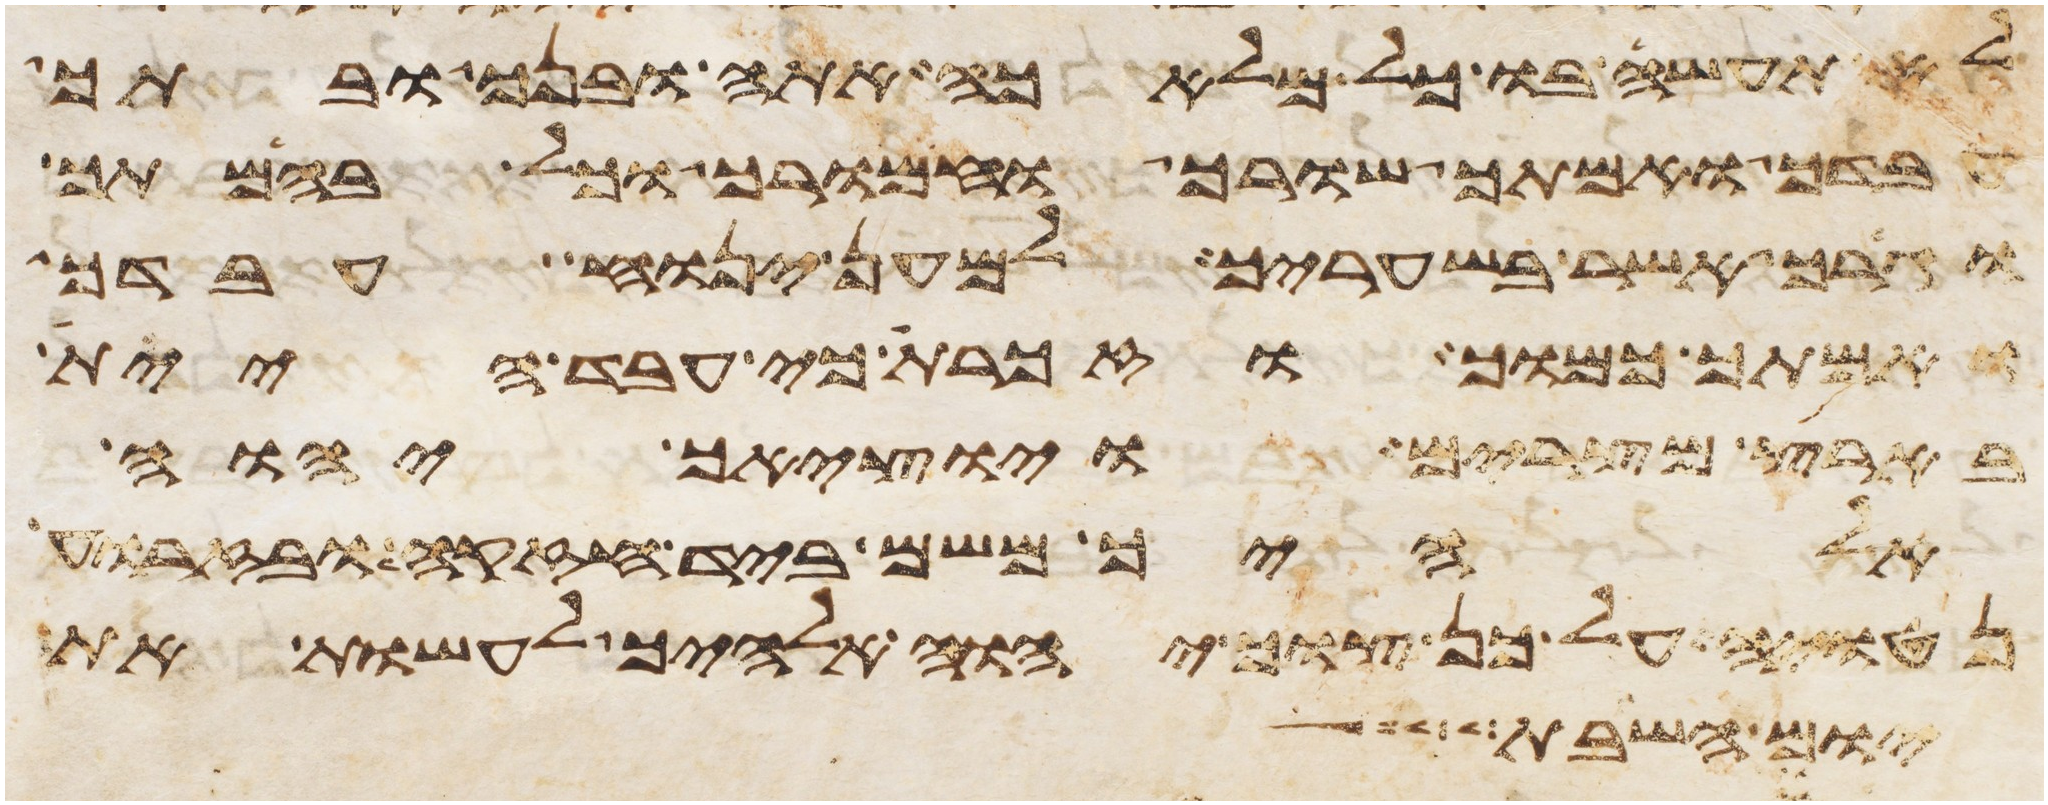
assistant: לא תעשה בו כל מלאכה אתה ובנך ובתך
עבדך ואמתך שורך וחמורך וכל בהמתך
וגרך אשר בשעריך למען ינוח עבדך
ואמתך כמוך וזכרת כי עבד היית
בארץ מצרים ויוציאך יהוה
אלהיך משם ביד חזקה ובזרוע
נטויה על כן צוך יהוה אלהיך לעשות את
יום השבת